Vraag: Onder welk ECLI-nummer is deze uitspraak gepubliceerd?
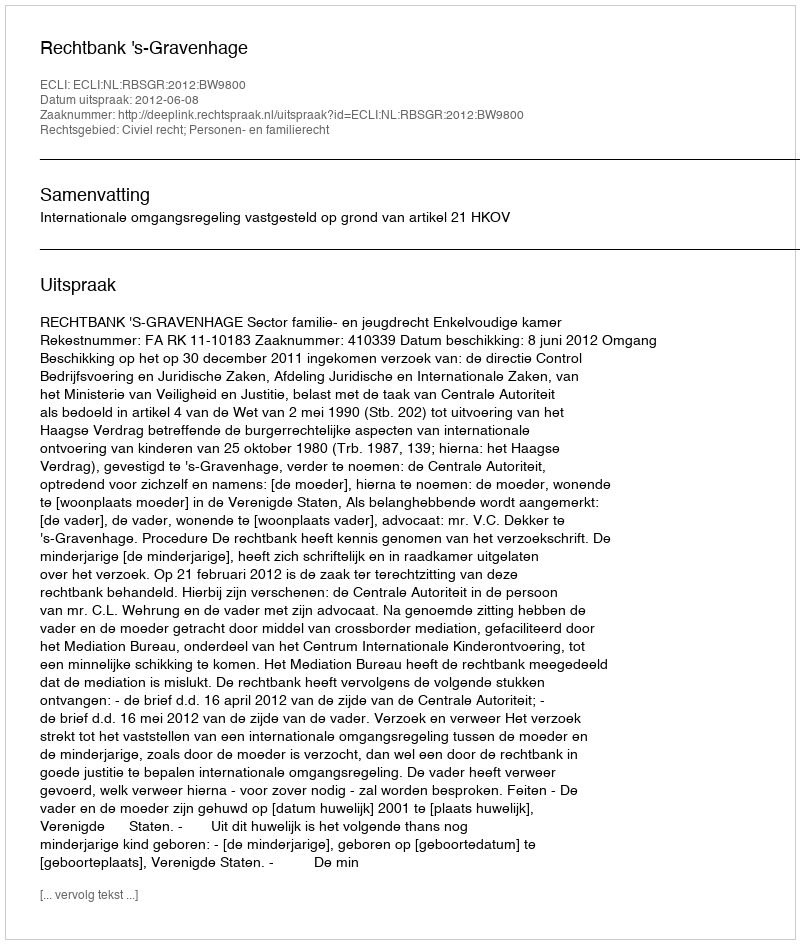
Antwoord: ECLI:NL:RBSGR:2012:BW9800